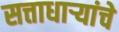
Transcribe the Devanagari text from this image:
सत्ताधाऱ्यांचे